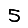
Digit: 5